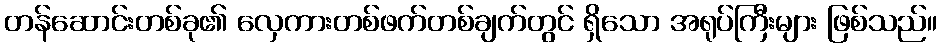
တန်ဆောင်းတစ်ခု၏ လှေကားတစ်ဖက်တစ်ချက်တွင် ရှိသော အရုပ်ကြီးများ ဖြစ်သည်။